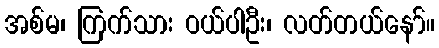
အစ်မ၊ ကြက်သား ဝယ်ပါဦး၊ လတ်တယ်နော်။